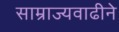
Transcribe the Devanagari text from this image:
साम्राज्यवाढीने